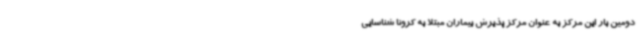
دومین بار این مرکز به عنوان مرکز پذیرش بیماران مبتلا به کرونا شناسایی